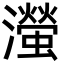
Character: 㶈